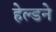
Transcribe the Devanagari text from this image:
हेल्डने